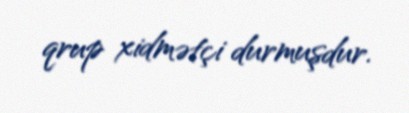
qrup xidmətçi durmuşdur.